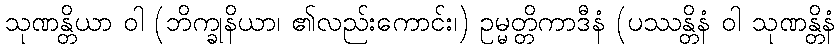
သုဏန္တိယာ ဝါ (ဘိက္ခုနိယာ၊ ၏လည်းကောင်း၊) ဥမ္မတ္တိကာဒီနံ (ပဿန္တိနံ ဝါ သုဏန္တိနံ